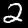
Digit: 2